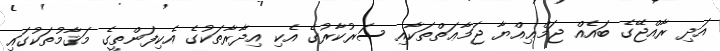
އަދި ރާއްޖޭގެ ބައެއް ޖަމްޢިއްޔާ ޖަމާޢަތްތަކާއި ސަރުކާރުގެ އެކި އިދާރާތަކުގެ އެކިފަންތީގެ މަޤާމުތަކުގައި